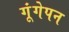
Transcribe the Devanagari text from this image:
गूंगेपन